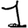
Digit: 1